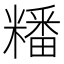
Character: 䊩